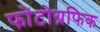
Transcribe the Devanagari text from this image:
फोटोग्रफिक